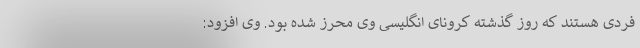
فردی هستند که روز گذشته کرونای انگلیسی وی محرز شده بود. وی افزود: